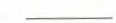
__